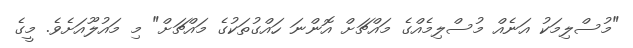
"މުސްލިމަކު އަނެއް މުސްލިމެއްގެ މައްޗަށް އޮންނަ ހައްގުތަކުގެ މައްޗަށް" މި މައުލޫއަށެވެ. މީގެ